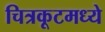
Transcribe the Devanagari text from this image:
चित्रकूटमध्ये